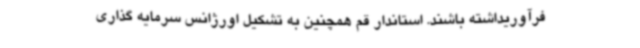
فرآوریداشته باشند. استاندار قم همچنین به تشکیل اورژانس سرمایه گذاری